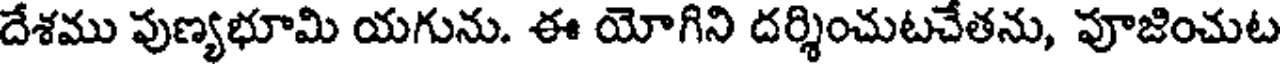
దేశము పుణ్యభూమి యగును. ఈ యోగిని దర్శించుటచేతను, పూజించుట